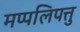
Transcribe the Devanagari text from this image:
मप्पलिपत्तु